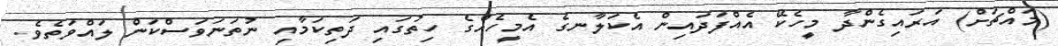
(މައްޗަށް) އަރައިގެންދާ މީހެކޭ އެއްފަދައިން އެކަލާނގެ އެމީހެއްގެ ހިތުގައި ދަތިކަމާއި ނުތަނަވަސްކަން ލައްވަތެވެ.